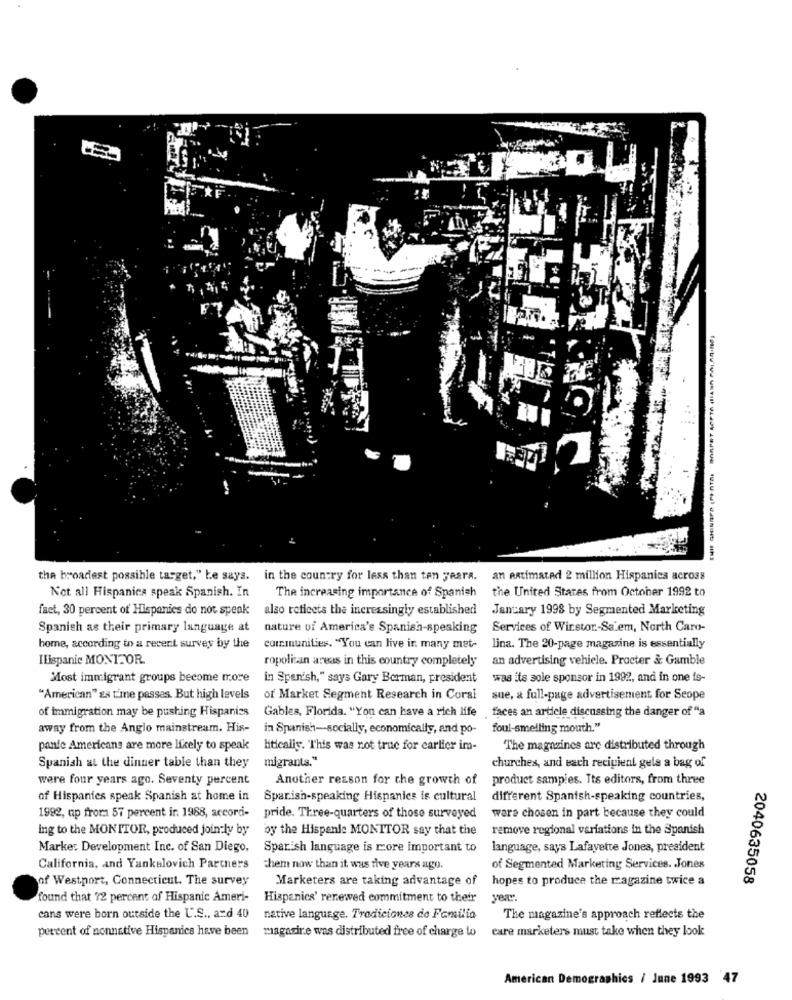
ENIE CHINAPD (PINTAI BORPRT ACPTO HIANA ANI.SINO)
-
the broadest possible target," Le says. in the country for less than ten years.
an estimated 2 million Hispanics across
the United States from October 1992 to
Not all Hispanics speak Spanish. In
The increasing importance of Spanish
fact, 30 percent of Hispanics do not speak
also reflects the increasingly established
January 1998 by Segmented Marketing
Spanish as their primary language at
nature of America's Spanish-speaking
Services of Wirstor .- Sa.em, North Caro-
bome, according to a recent survey by the
communities. "You can live in many met-
lina. The 20-page magazine is essentially
IEispanic MONITOR.
ropolisan areas in this country completely
an advertising vehicle. Procter & Gamble
Most immigrant groups become more
in Spanish," says Gary Berman, president
was its sole sponsor in 1992, and in one is-
"American" es time passes. But high levels
of Market Segment Research in Coral
sue, & full-page advertisement for Seope
of immigration may be pushing Hispanics
Gables, Florida. "You can have a rich life
faces an article discussing the danger of "a
away from the Anglo mainstream. His-
in Spanish-socially, economically, and po- foul-smelling mouth."
panfe Americans are more likely to speak
hitically. "This was rot truc for earlier im-
The magazines are distributed through
migrants."
churches, and each recipient gels a bag of
Spanish at the dinner table than they
were four years ago. Seventy percent
Another reason for the growth of
product samples. Its editors, from three
of Hispanics speak Spanish at home in
Sparish-speaking Hispanics is cultural
different Spanish-speaking countries,
1982, up froma 57 percent ir. 1988, accordi-
pride. Three-quarters of those surveyed
were chosen in part because they could
ing to the MONITOR, produced join ly by
by the Hispenis MONITOR say that the
remove regional variations in the Spanish
Marker Development Inc. of San Diego,
Sparish language is rcore important to
language, says Lafayette Jones, president
California, and Yankelovich Partners
them now than it was five years ago.
of Segmented Marketing Services. Jones
of Westport, Connecticut. The survey
Marketers are taking advantage of
hopes to produce the magazine twice a
2040635058
found that 72 percent of Hispanic Ameri-
Hispanics' renewed commitment to their
yeay
cans were born outside the U.S ., a=d 40
native language. Tradiciones de Familia
The magazine's approach reflects the
percent of nonnative Hispanics have been
magasire was distributed free of charge lo
care marketers must take when they look
American Demographics / June 1993 47